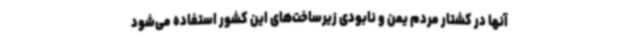
آنها در کشتار مردم یمن و نابودی زیرساخت‌های این کشور استفاده می‌شود